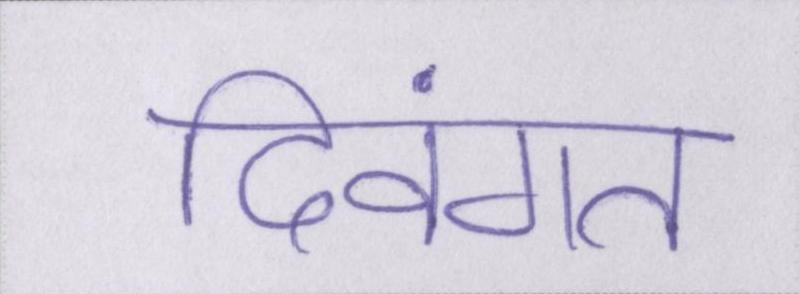
दिवंगत